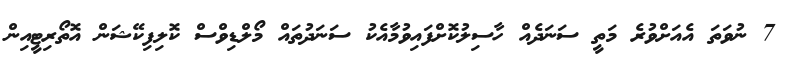
7 ނުވަތަ އެއަށްވުރެ މަތީ ސަނަދެއް ހާސިލުކޮށްފައިވުމާއެކު ސަނަދުތައް މޯލްޑިވްސް ކޮލިފިކޭޝަން އޮތޯރިޓީއިން